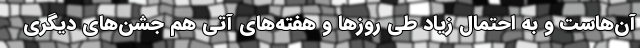
آن‌هاست و به احتمال زیاد طی روزها و هفته‌های آتی هم جشن‌های دیگری